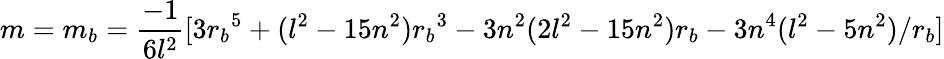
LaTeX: m=m_{b}={\frac{-1}{6l^{2}}}[3{r_{b}}^{5}+(l^{2}-15n^{2}){r_{b}}^{3}-3n^{2}(2l^{2}-15n^{2}){r_{b}}-3n^{4}(l^{2}-5n^{2})/r_{b}]